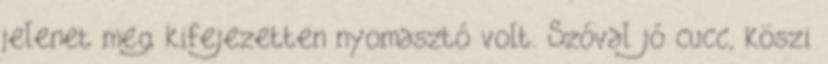
jelenet meg kifejezetten nyomasztó volt. Szóval jó cucc, köszi